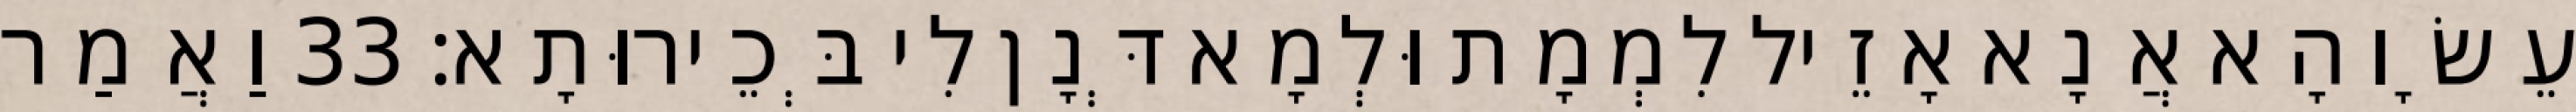
עֵשָׂו הָא אֲנָא אָזֵיל לִמְמָת וּלְמָא דְּנָן לִי בְּכֵירוּתָא׃ 33 וַאֲמַר